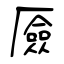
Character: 厱